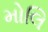
મોલિ